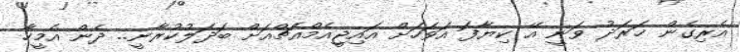
އެރިގެން ޚަރަދު ވަނީ އޭ ކިޔާފަ އަވަހަށް އައިޖީއެމްއެޗްއަށް ބަދަލުކުރާނީ.. ދެން އެމީހާ